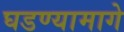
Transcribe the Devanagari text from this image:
घडण्यामागे